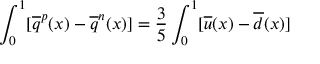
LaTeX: \int _ { 0 } ^ { 1 } [ \overline { { { q } } } ^ { p } ( x ) - \overline { { { q } } } ^ { n } ( x ) ] = \frac { 3 } { 5 } \int _ { 0 } ^ { 1 } [ \overline { { { u } } } ( x ) - \overline { { { d } } } ( x ) ]